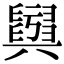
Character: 𦦫